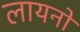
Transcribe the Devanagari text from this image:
लायनो